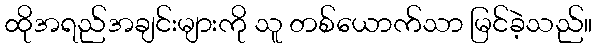
ထိုအရည်အချင်းများကို သူ တစ်ယောက်သာ မြင်ခဲ့သည်။